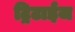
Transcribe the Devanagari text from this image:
ट्रिटाईज